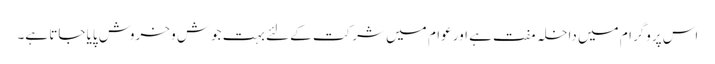
اس پروگرام میں داخلہ مفت ہے اور عوام میں شرکت کے لئے بہت جوش و خروش پایا جاتا ہے۔